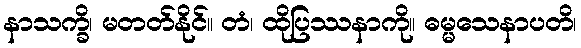
နာသက္ခိ၊ မတတ်နိုင်။ တံ၊ ထိုပြဿနာကို။ ဓမ္မသေနာပတိ၊